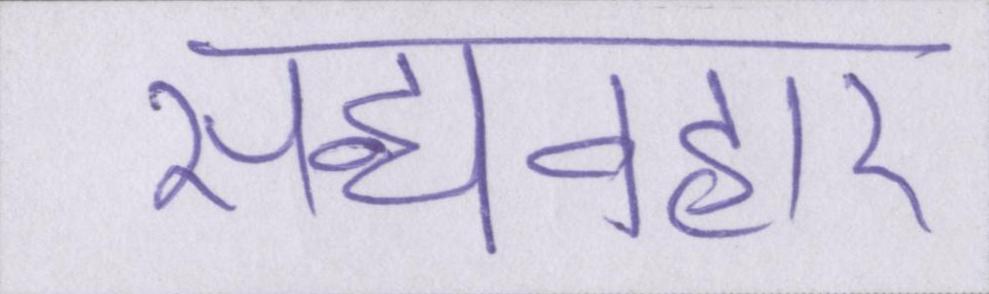
सद्व्यवहार